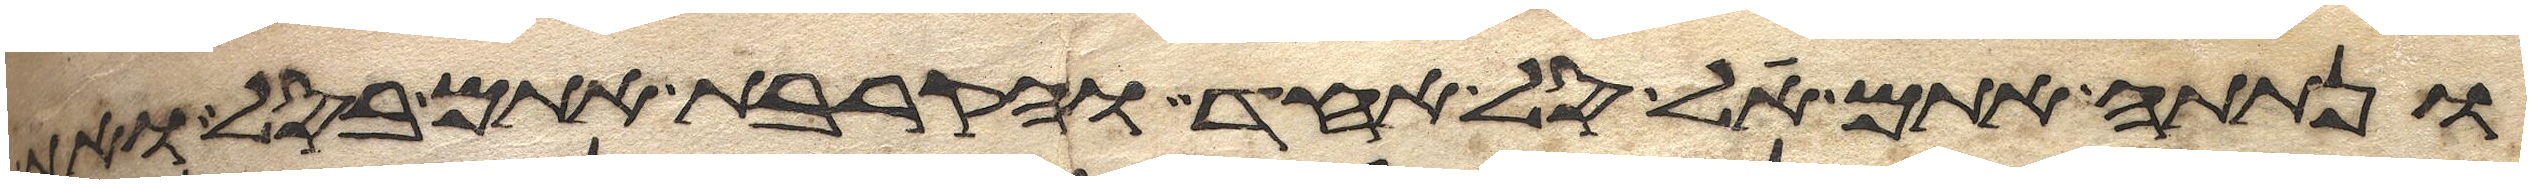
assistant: ונתתה אתם על סל אחד והקרבת אתם בסל ואת